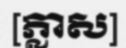
[ភ្លាស]